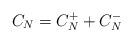
LaTeX: \begin{align*} C_N = C_N^+ + C_N^-\end{align*}